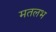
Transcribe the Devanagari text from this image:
मतलभ